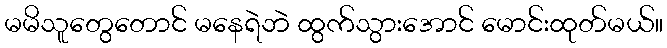
မမိသူတွေတောင် မနေရဲဘဲ ထွက်သွားအောင် မောင်းထုတ်မယ်။